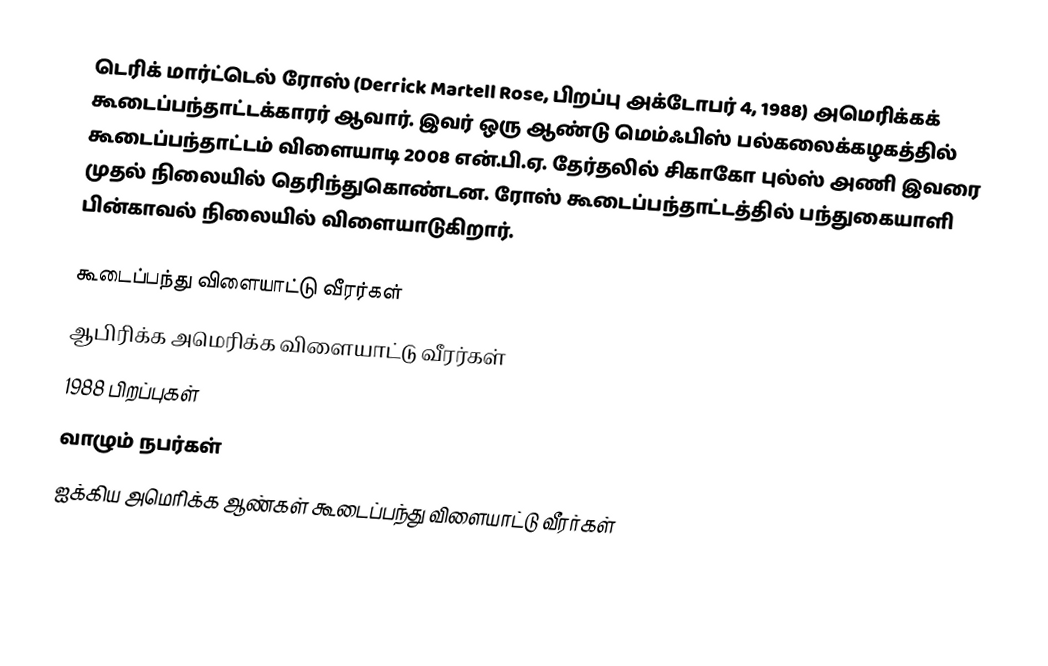
டெரிக் மார்ட்டெல் ரோஸ் (Derrick Martell Rose, பிறப்பு அக்டோபர் 4, 1988) அமெரிக்கக் கூடைப்பந்தாட்டக்காரர் ஆவார். இவர் ஒரு ஆண்டு மெம்ஃபிஸ் பல்கலைக்கழகத்தில் கூடைப்பந்தாட்டம் விளையாடி 2008 என்.பி.ஏ. தேர்தலில் சிகாகோ புல்ஸ் அணி இவரை முதல் நிலையில் தெரிந்துகொண்டன. ரோஸ் கூடைப்பந்தாட்டத்தில் பந்துகையாளி பின்காவல் நிலையில் விளையாடுகிறார்.

கூடைப்பந்து விளையாட்டு வீரர்கள்
ஆபிரிக்க அமெரிக்க விளையாட்டு வீரர்கள்
1988 பிறப்புகள்
வாழும் நபர்கள்
ஐக்கிய அமெரிக்க ஆண்கள் கூடைப்பந்து விளையாட்டு வீரர்கள்